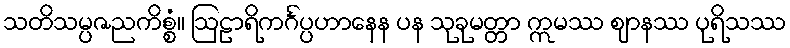
သတိသမ္ပဇညကိစ္စံ။ ဩဠာရိကင်္ဂပ္ပဟာနေန ပန သုခုမတ္တာ ဣမဿ ဈာနဿ ပုရိသဿ